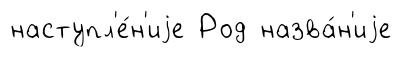
наступл'е́н'иjе Род назва́н'иjе